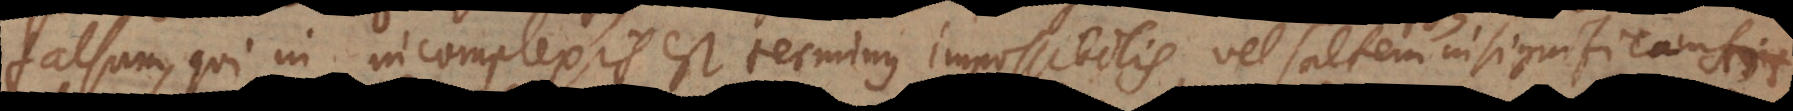
falsum, qui in incomplexis est terminus impossibilis, vel saltem insignifican